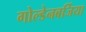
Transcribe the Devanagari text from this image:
गोल्डेनबर्जिया